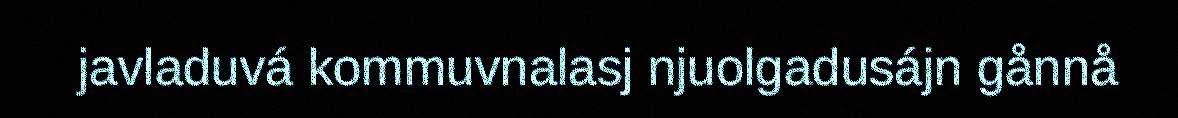
javladuvá kommuvnalasj njuolgadusájn gånnå